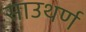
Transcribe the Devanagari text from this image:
साउथर्ण